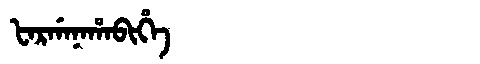
Manchu: ᡶᠠᡵᡤᠠᠨᠠᡥᠠᠪᡳᡥᡝ
Romanization: FARGANAHABIHE